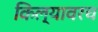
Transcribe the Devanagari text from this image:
किल्यावरच